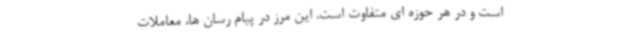
است و در هر حوزه ای متفاوت است. این مرز در پیام رسان ها، معاملات